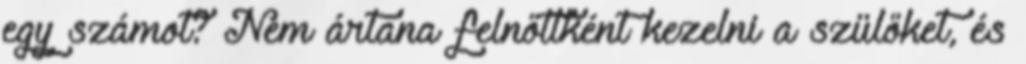
egy számot? Nem ártana felnőttként kezelni a szülőket, és